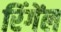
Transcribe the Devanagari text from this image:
रिंगेंल